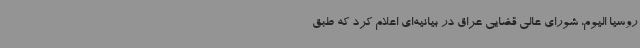
روسیا الیوم، شورای عالی قضایی عراق در بیانیه‌ای اعلام کرد که طبق